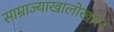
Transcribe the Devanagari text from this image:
साम्राज्याखालोखाल